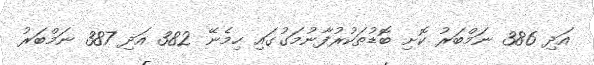
އަދި 386 ނަމްބަރު ކޮށި ބޮޑުތަކުރުފާނުމަގުގައި ހިމެނޭ 382 އަދި 387 ނަމްބަރު